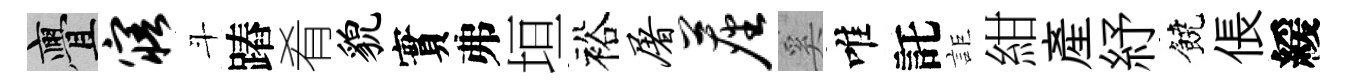
亹寤斗蹖肴貌實弗垣裕屠尘奚唯託詎紺產紓饒倀緩